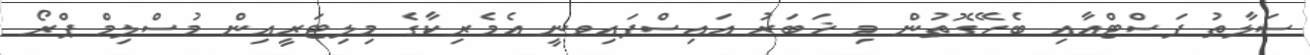
ސަލާތު ފަސްޓްއާއި ބެހޭގޮތުން މި ޚަބަރު އައިސްފައިވނީ އެމެރިކާގެ މިލިޓަރީއިން މުސްލިމް ޕްރޯ